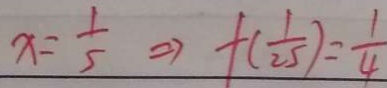
x = \frac { 1 } { 5 } \Rightarrow f ( \frac { 1 } { 2 5 } ) = \frac { 1 } { 4 }